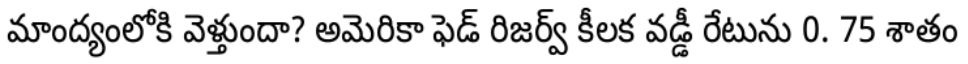
మాంద్యంలోకి వెళ్తుందా? అమెరికా ఫెడ్ రిజర్వ్ కీలక వడ్డీ రేటును 0. 75 శాతం